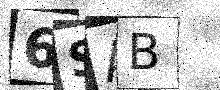
Text: 6SAB